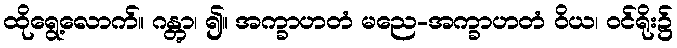
ထိုရွေ့လောက်။ ဂန္တွာ၊ ၍။ အက္ခာဟတံ မညေ-အက္ခာဟတံ ဝိယ၊ ဝင်ရိုး၌